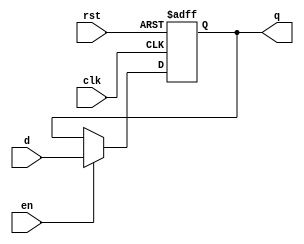
module dreg_en # (parameter WIDTH = 32) (
        input  wire             clk,
        input  wire             rst,
        input  wire             en,
        input  wire [WIDTH-1:0] d,
        output reg  [WIDTH-1:0] q
    );

    always @ (posedge clk, posedge rst) begin
        if (rst)    q <= 0;
        else if (en)   q <= d;
        else           q <= q;
    end
endmodule